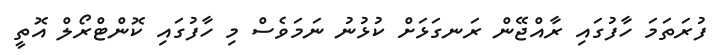
ފުރަތަމަ ހާފުގައި ރާއްޖޭން ރަނގަޅަށް ކުޅުނު ނަމަވެސް މި ހާފުގައި ކޮންޓްރޯލް އޮތީ